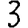
Digit: 3